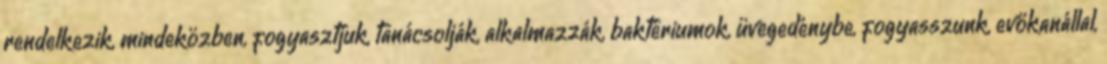
rendelkezik, mindeközben, fogyasztjuk, tanácsolják, alkalmazzák, baktériumok, üvegedénybe, fogyasszunk, evőkanállal,